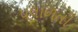
પલાળતી